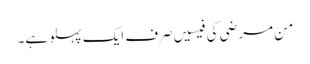
من مرضی کی فیسیں صرف ایک پہلو ہے۔